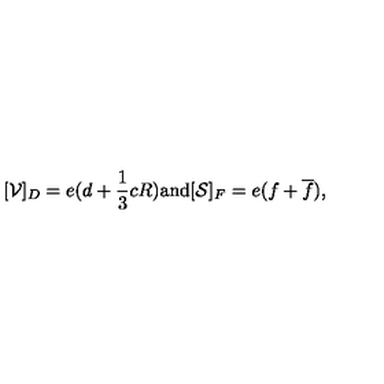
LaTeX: [ { \cal V } ] _ { D } = e ( d + { \frac { 1 } { 3 } } c R ) \mathrm { a n d } [ { \cal S } ] _ { F } = e ( f + \overline { f } ) ,